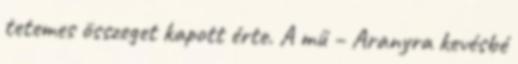
tetemes összeget kapott érte. A mű – Aranyra kevésbé